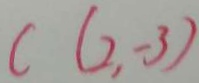
c ( 2 , - 3 )